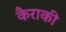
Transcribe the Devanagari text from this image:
कैराकी